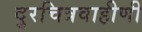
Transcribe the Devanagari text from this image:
दुरचित्रवाहीणी